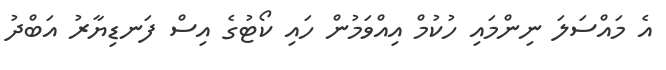
އެ މައްސަލަ ނިންމައި ހުކުމް އިއްވަމުން ހައި ކޯޓުގެ އިސް ފަނޑިޔާރު އަބްދު